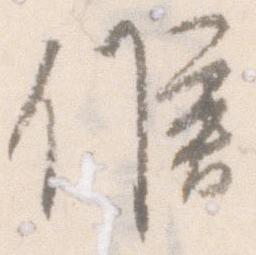
候